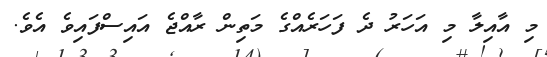
މި އާއިލާ މި އަހަރު ދެ ފަހަރެއްގެ މަތިން ރާއްޖެ އައިސްފައިވެ އެވެ.